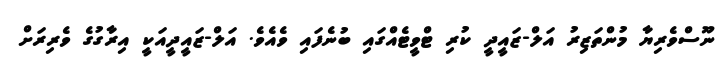
ނޫސްވެރިޔާ މުންތަޒިރު އަލް-ޒައީދީ ކުރި ޓްވީޓެއްގައި ބުނެފައި ވެއެވެ. އަލް-ޒައީދީއަކީ އިރާގުގެ ވެރިރަށް